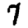
Digit: 7